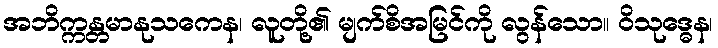
အဘိက္ကန္တမာနုသကေန၊ လူတို့၏ မျက်စိအမြင်ကို လွန်သော။ ဝိသုဒ္ဓေန၊